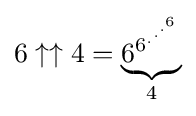
6\uparrow \uparrow 4=\underbrace {6^{6^{.^{.^{.^{6}}}}}} _{4}